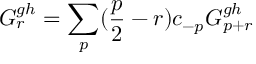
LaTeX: G _ { r } ^ { g h } = \sum _ { p } ( \frac { p } { 2 } - r ) c _ { - p } G _ { p + r } ^ { g h }